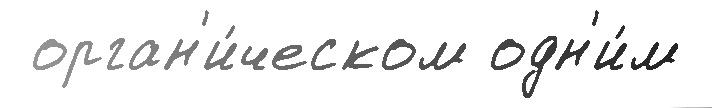
 орган'и́ческом одн'и́м